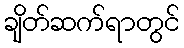
ချိတ်ဆက်ရာတွင်